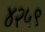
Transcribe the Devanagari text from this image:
४२५९